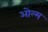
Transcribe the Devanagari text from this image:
ओल्म